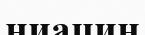
ниацин